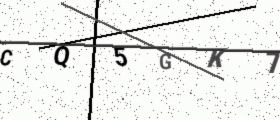
Text: CQ5GK7